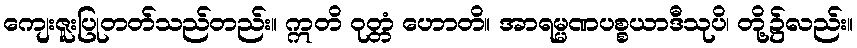
ကျေးဇူးပြုတတ်သည်တည်း။ ဣတိ ဝုတ္တံ ဟောတိ။ အာရမ္မဏပစ္စယာဒီသုပိ၊ တို့၌လည်း။